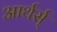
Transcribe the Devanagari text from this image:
आर्थर्स्